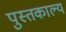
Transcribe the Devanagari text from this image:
पुस्तकाल्य